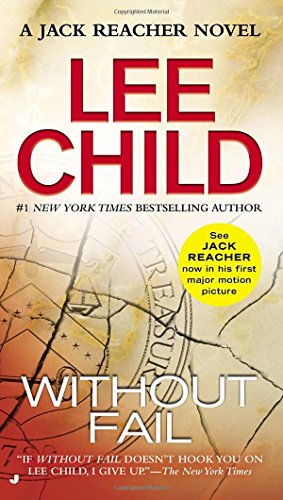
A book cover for Without Fail: A Jack Reacher Novel; Lee Child; Mystery, Thriller & Suspense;